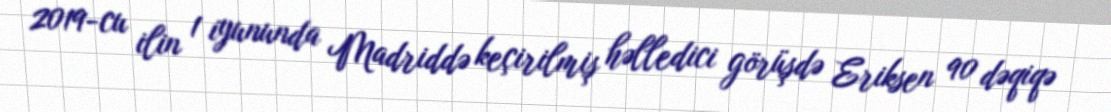
2019-cu ilin 1 iyununda Madriddə keçirilmiş həlledici görüşdə Eriksen 90 dəqiqə